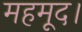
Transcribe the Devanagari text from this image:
महमूद।